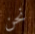
نحن